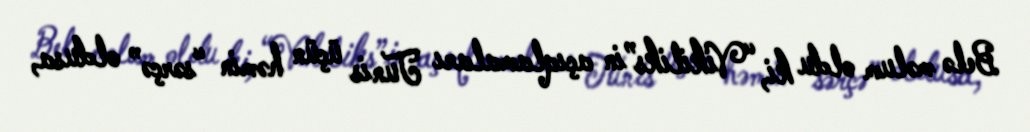
Belə məlum oldu ki, “Vikiliks”in açıqlamaları Tunis üçün həmin “sərçə” oldusa,